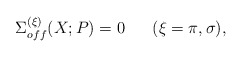
\begin{align*}\Sigma_{off}^{(\xi)} (X; P) = 0 \;\;\;\;\;\; (\xi = \pi, \sigma) , \end{align*}